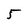
Character: 5